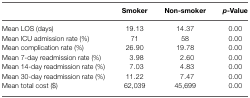
<table><thead><tr><td></td><td><b>Smoker</b></td><td><b>Non-smoker</b></td><td><b><i>p</i>-Value</b></td></tr></thead><tbody><tr><td>Mean LOS (days)</td><td>19.13</td><td>14.37</td><td>0.00</td></tr><tr><td>Mean ICU admission rate (%)</td><td>71</td><td>58</td><td>0.00</td></tr><tr><td>Mean complication rate (%)</td><td>26.90</td><td>19.78</td><td>0.00</td></tr><tr><td>Mean 7-day readmission rate (%)</td><td>3.98</td><td>2.60</td><td>0.00</td></tr><tr><td>Mean 14-day readmission rate (%)</td><td>7.03</td><td>4.83</td><td>0.00</td></tr><tr><td>Mean 30-day readmission rate (%)</td><td>11.22</td><td>7.47</td><td>0.00</td></tr><tr><td>Mean total cost ($)</td><td>62,039</td><td>45,699</td><td>0.00</td></tr></tbody></table>